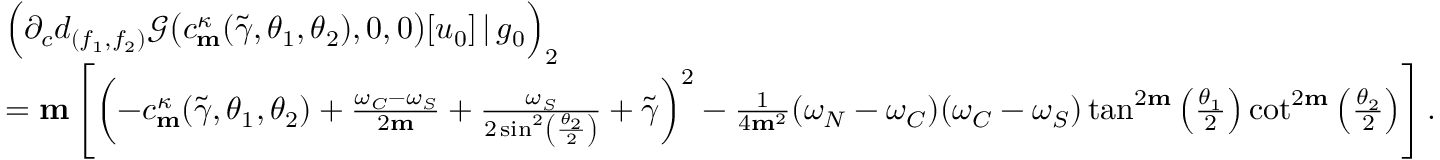
\begin{array} { r l } & { \Big ( \partial _ { c } d _ { ( f _ { 1 } , f _ { 2 } ) } \mathscr { G } \big ( c _ { \mathbf { m } } ^ { \kappa } ( \widetilde { \gamma } , \theta _ { 1 } , \theta _ { 2 } ) , 0 , 0 \big ) [ u _ { 0 } ] \, | \, g _ { 0 } \Big ) _ { 2 } } \\ & { = \mathbf { m } \left[ \left( - c _ { \mathbf { m } } ^ { \kappa } ( \widetilde { \gamma } , \theta _ { 1 } , \theta _ { 2 } ) + \frac { \omega _ { C } - \omega _ { S } } { 2 \mathbf { m } } + \frac { \omega _ { S } } { 2 \sin ^ { 2 } \left( \frac { \theta _ { 2 } } { 2 } \right) } + \widetilde { \gamma } \right) ^ { 2 } - \frac { 1 } { 4 \mathbf { m } ^ { 2 } } ( \omega _ { N } - \omega _ { C } ) ( \omega _ { C } - \omega _ { S } ) \tan ^ { 2 \mathbf { m } } \left( \frac { \theta _ { 1 } } { 2 } \right) \cot ^ { 2 \mathbf { m } } \left( \frac { \theta _ { 2 } } { 2 } \right) \right] . } \end{array}